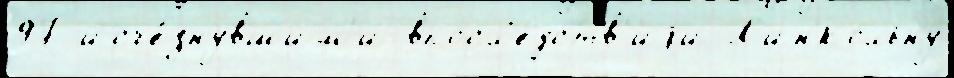
97 исче́знувшим'и впосл'е́дств'иjи Л'инкольну